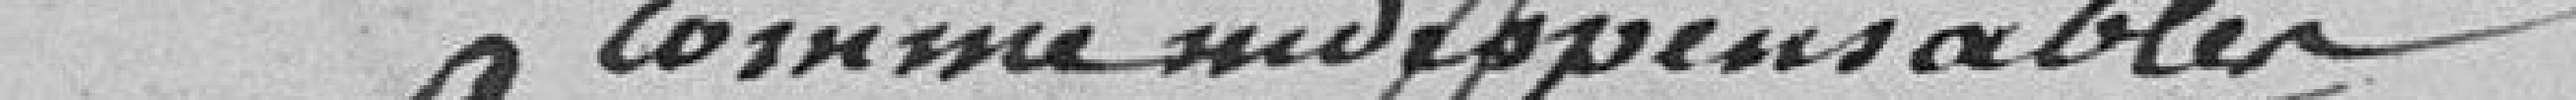
comme indispensables